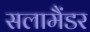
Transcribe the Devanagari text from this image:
सलामैंडर